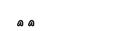
١٥